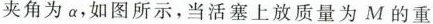
夹角为a，如图所示，当活塞上放质量为M的重